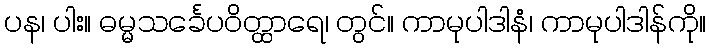
ပန၊ ပါး။ ဓမ္မသင်္ခေပဝိတ္ထာရေ၊ တွင်။ ကာမုပါဒါနံ၊ ကာမုပါဒါန်ကို။